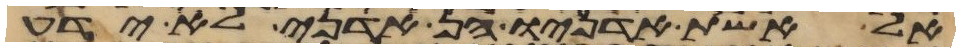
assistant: אל אשת אדניו הן אדני לא ידע